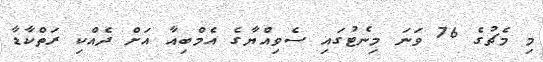
މި މެޗުގެ 76 ވަނަ މިނެޓުގައި ސެވިއްޔާގެ އެމްބިއާ އަށް ދެއްކި ރަތްކާޑާ